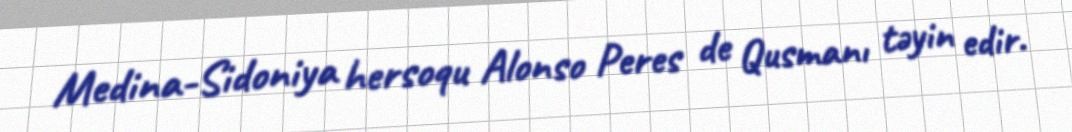
Medina-Sidoniya hersoqu Alonso Peres de Qusmanı təyin edir.